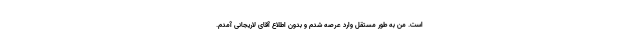
است. من به طور مستقل وارد عرصه شدم و بدون اطلاع آقای لاریجانی آمدم.